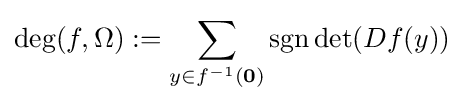
\deg(f,\Omega ):=\sum _{y\in f^{-1}(\mathbf {0} )}\operatorname {sgn} \det(Df(y))